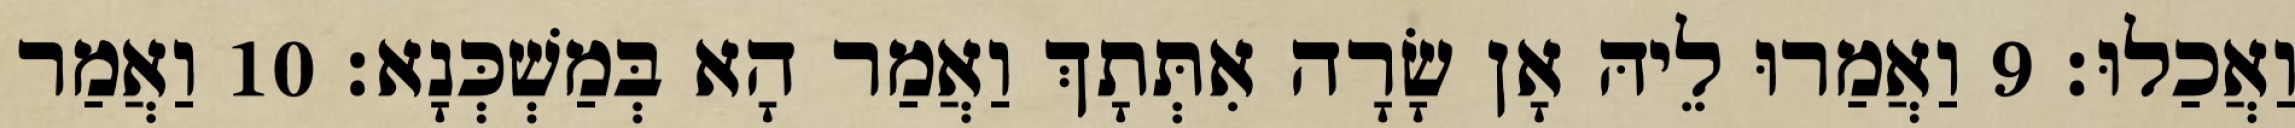
וַאֲכַלוּ׃ 9 וַאֲמַרוּ לֵיהּ אָן שָׂרָה אִתְּתָךְ וַאֲמַר הָא בְּמַשְׁכְּנָא׃ 10 וַאֲמַר